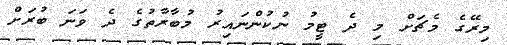
މިރޭގެ މެޗަށް މި ދެ ޓީމު ނުކުންނައިރު މުބާރާތުގެ ދެ ވަނަ ބުރަށް